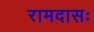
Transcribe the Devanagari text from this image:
रामदासः